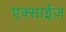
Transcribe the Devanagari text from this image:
एक्साईज़